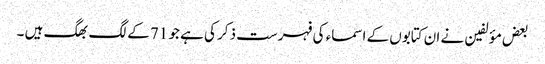
بعض مؤلفین نے ان کتابوں کے اسماء کی فہرست ذکر کی ہے جو 71 کے لگ بھگ ہیں ۔